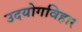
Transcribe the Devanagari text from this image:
उदयोगविहार